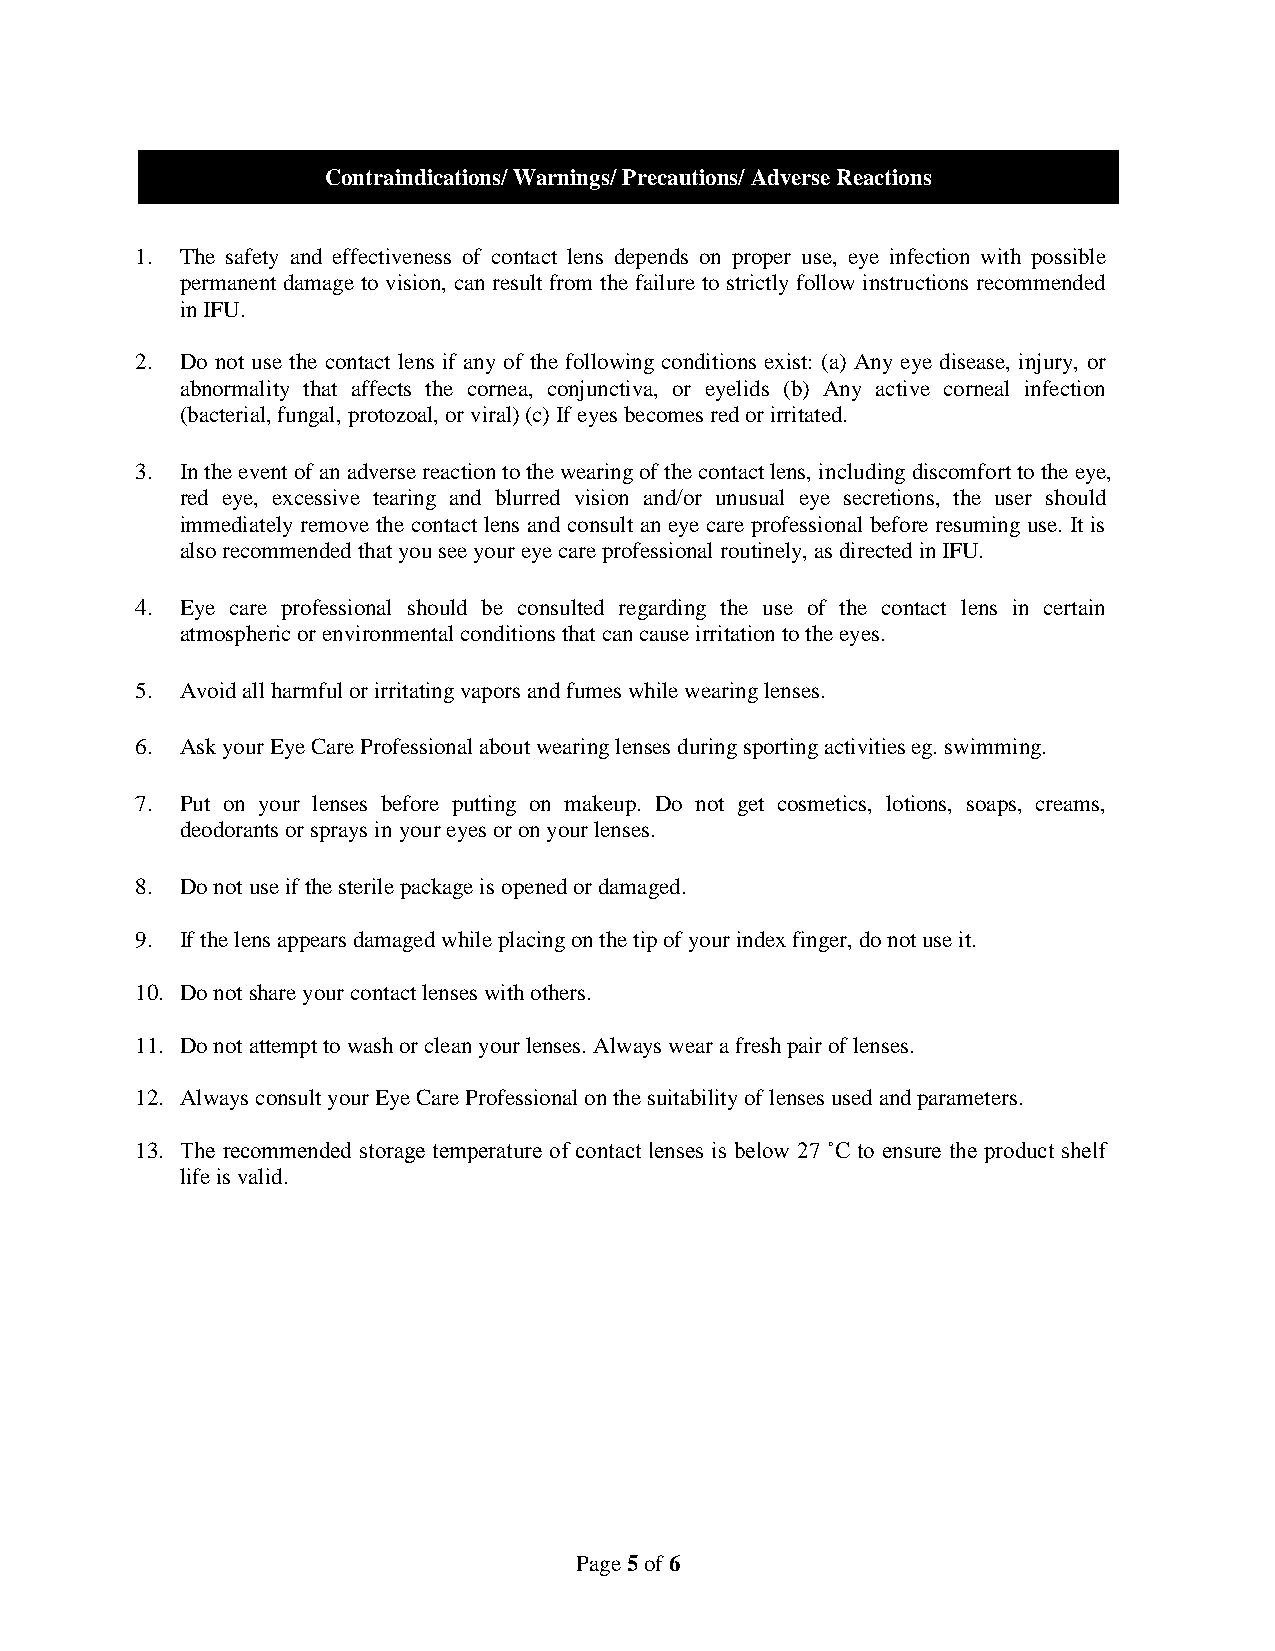
Contraindications/ Warnings/ Precautions/ Adverse Reactions
 1. The safety and effectiveness of contact lens depends on proper use, eye infection with possible
 permanent damage to vision, can result from the failure to strictly follow instructions recommended
 in IFU.
 2. Do not use the contact lens if any of the following conditions exist: (a) Any eye disease, injury, or
 abnormality that affects the cornea, conjunctiva, or eyelids (b) Any active corneal infection
 (bacterial, fungal, protozoal, or viral) (c) If eyes becomes red or irritated.
 3. In the event of an adverse reaction to the wearing of the contact lens, including discomfort to the eye,
 red eye, excessive tearing and blurred vision and/or unusual eye secretions, the user should
 immediately remove the contact lens and consult an eye care professional before resuming use. It is
 also recommended that you see your eye care professional routinely, as directed in IFU.
 4. Eye care professional should be consulted regarding the use of the contact lens in certain
 atmospheric or environmental conditions that can cause irritation to the eyes.
 5. Avoid all harmful or irritating vapors and fumes while wearing lenses.
 6. Ask your Eye Care Professional about wearing lenses during sporting activities eg. swimming.
 7. Put on your lenses before putting on makeup. Do not get cosmetics, lotions, soaps, creams,
 deodorants or sprays in your eyes or on your lenses.
 8. Do not use if the sterile package is opened or damaged.
 9. If the lens appears damaged while placing on the tip of your index finger, do not use it.
 10. Do not share your contact lenses with others.
 11. Do not attempt to wash or clean your lenses. Always wear a fresh pair of lenses.
 12. Always consult your Eye Care Professional on the suitability of lenses used and parameters.
 13. The recommended storage temperature of contact lenses is below 27 ˚C to ensure the product shelf
 life is valid.
 Page 5 of 6